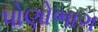
પોણોભાગ